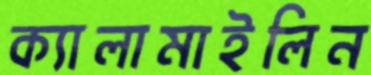
ক্যালামাইলিন